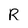
Character: R